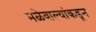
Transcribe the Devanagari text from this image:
मळेवाल्यांकडून